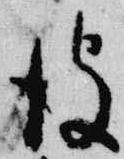
彼